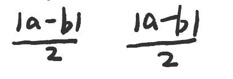
$\frac{|a - b|}{2} \quad \frac{|a - b|}{2}$